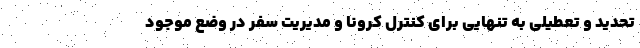
تحدید و تعطیلی به تنهایی برای کنترل کرونا و مدیریت سفر در وضع موجود